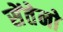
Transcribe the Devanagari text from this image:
सेंतेनो